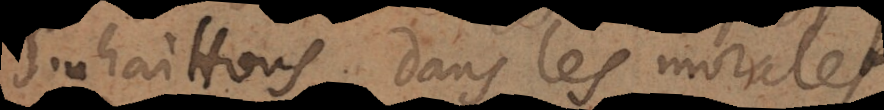
souhaitons dans les morales.